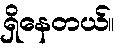
ရှိနေတယ်။